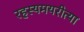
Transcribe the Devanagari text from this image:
रहस्यमयरीत्या